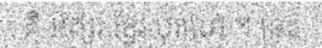
គឺ អក្សរ ខ្មែរ បុរាណ ។ នេះ